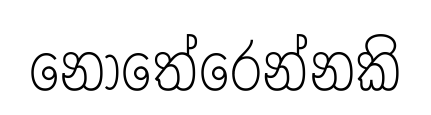
නොතේරෙන්නකි